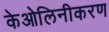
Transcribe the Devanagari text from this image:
केओलिनीकरण